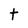
Character: t